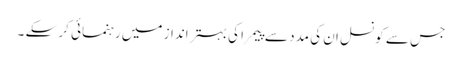
جس سے کونسل ان کی مدد سے پیمرا کی بہتر انداز میں رہنمائی کر سکے ۔